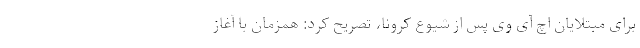
برای مبتلایان اچ آی وی پس از شیوع کرونا، تصریح کرد: همزمان با آغاز